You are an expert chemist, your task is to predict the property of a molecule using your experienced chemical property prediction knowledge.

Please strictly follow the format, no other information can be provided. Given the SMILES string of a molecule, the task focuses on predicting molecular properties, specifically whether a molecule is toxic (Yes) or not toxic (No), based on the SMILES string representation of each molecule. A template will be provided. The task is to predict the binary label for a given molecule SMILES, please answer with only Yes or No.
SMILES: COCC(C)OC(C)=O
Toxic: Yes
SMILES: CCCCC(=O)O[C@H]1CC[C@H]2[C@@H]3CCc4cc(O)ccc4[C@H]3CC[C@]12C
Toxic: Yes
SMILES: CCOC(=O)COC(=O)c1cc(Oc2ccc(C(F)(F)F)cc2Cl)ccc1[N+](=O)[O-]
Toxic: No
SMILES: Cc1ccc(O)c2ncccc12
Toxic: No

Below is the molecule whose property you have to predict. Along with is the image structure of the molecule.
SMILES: COP(=O)(OC)Oc1ccc([N+](=O)[O-])cc1
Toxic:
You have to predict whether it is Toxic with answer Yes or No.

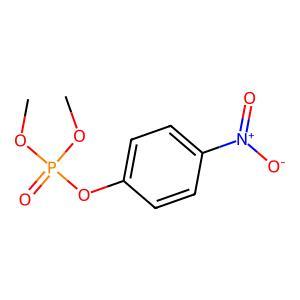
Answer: No